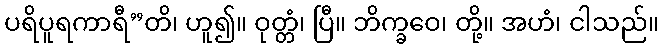
ပရိပူရကာရီ”တိ၊ ဟူ၍။ ဝုတ္တံ၊ ပြီ။ ဘိက္ခဝေ၊ တို့။ အဟံ၊ ငါသည်။